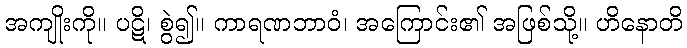
အကျိုးကို။ ပဋိ၊ စွဲ၍။ ကာရဏဘာဝံ၊ အကြောင်း၏ အဖြစ်သို့။ ဟိနောတိ